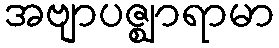
အဗျာပဇ္ဈာရာမာ